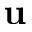
\mathbf { u }